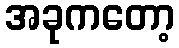
အခုကတော့